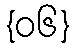
{၀၆}